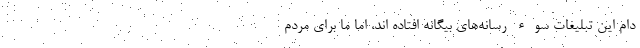
دام این تبلیغات سوء رسانه‌‌های بیگانه افتاده اند، اما ما برای مردم